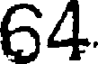
64.